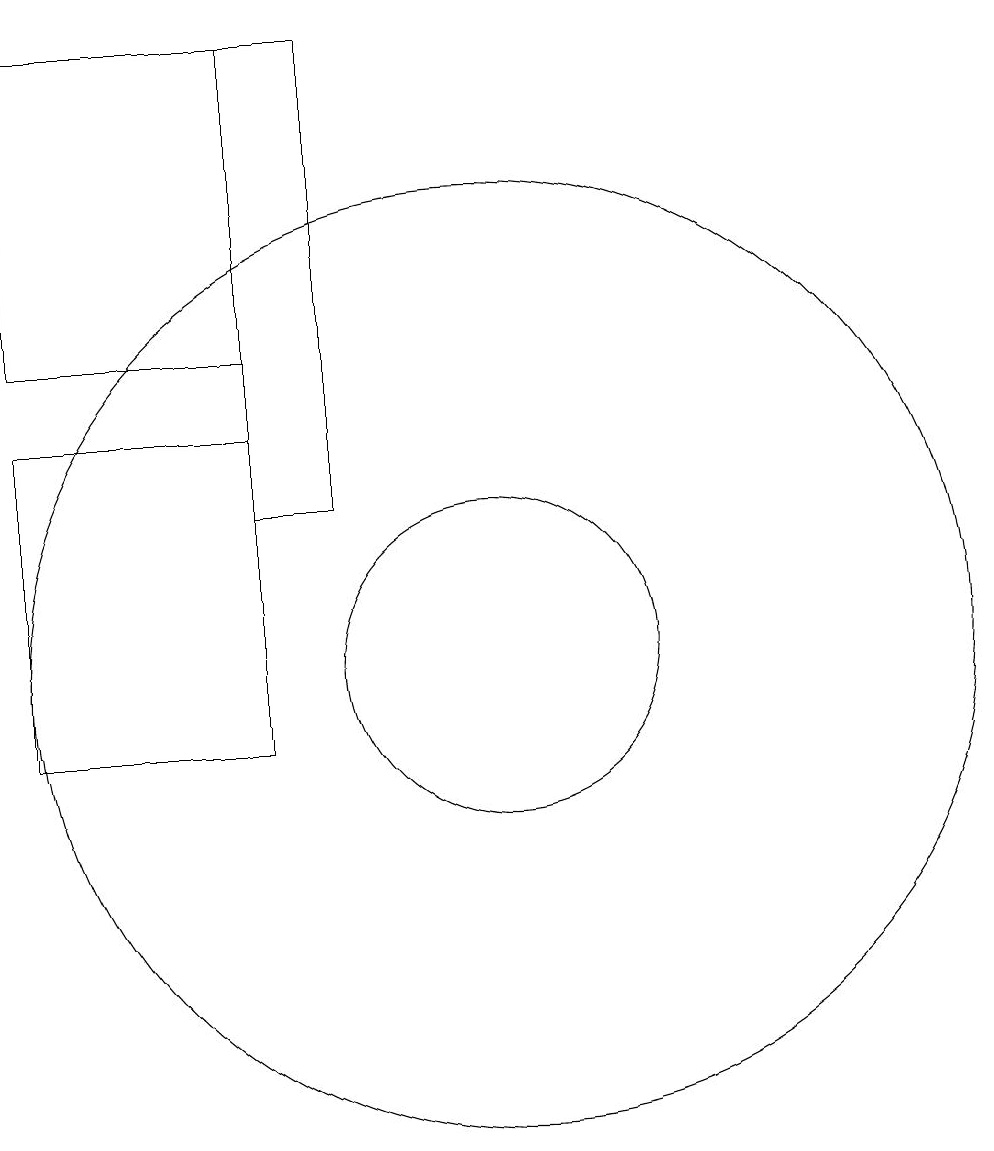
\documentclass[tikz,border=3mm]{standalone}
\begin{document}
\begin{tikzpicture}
\draw (4,19) rectangle (7,15);
\draw (10,11) circle (2);
\draw (7,13) rectangle (8,19);
\draw (4,14) rectangle (7,10);
\draw (10,11) circle (6);
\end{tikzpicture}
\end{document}